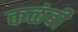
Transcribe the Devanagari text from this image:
कळंबी